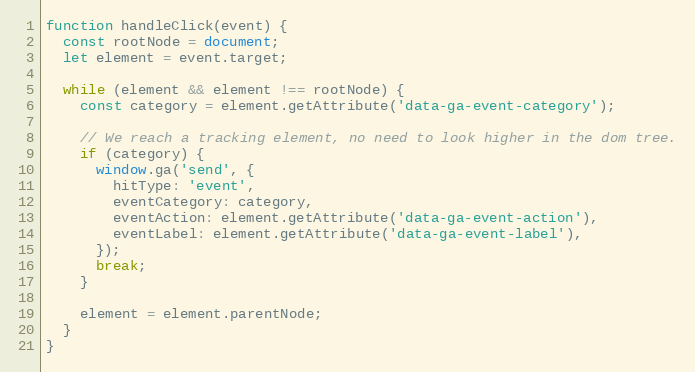
Language: JavaScript
function handleClick(event) {
  const rootNode = document;
  let element = event.target;

  while (element && element !== rootNode) {
    const category = element.getAttribute('data-ga-event-category');

    // We reach a tracking element, no need to look higher in the dom tree.
    if (category) {
      window.ga('send', {
        hitType: 'event',
        eventCategory: category,
        eventAction: element.getAttribute('data-ga-event-action'),
        eventLabel: element.getAttribute('data-ga-event-label'),
      });
      break;
    }

    element = element.parentNode;
  }
}